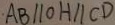
A B / / O H / / C D